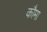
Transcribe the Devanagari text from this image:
कौमा